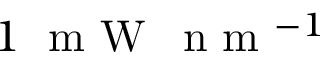
1 \; \mathrm { ~ m ~ W ~ } \, \mathrm { ~ n ~ m ~ } ^ { - 1 }